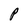
Character: P